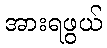
အားရဖွယ်